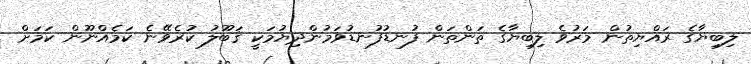
ލިބިޔާގެ ރައްޔިތުން މަރުވެ ލިބިޔާގެ ތަންތަން ފުނޑުފުނޑުވަމުންދިޔުމަކީ ޤަބޫލު ކުރެވޭނެ ކަމެއްނޫން ކަމަށް